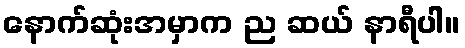
နောက်ဆုံးအမှာက ည ဆယ် နာရီပါ။